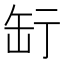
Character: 𦈥